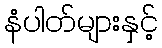
နံပါတ်များနှင့်